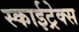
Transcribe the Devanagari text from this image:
स्काईट्रेक्स